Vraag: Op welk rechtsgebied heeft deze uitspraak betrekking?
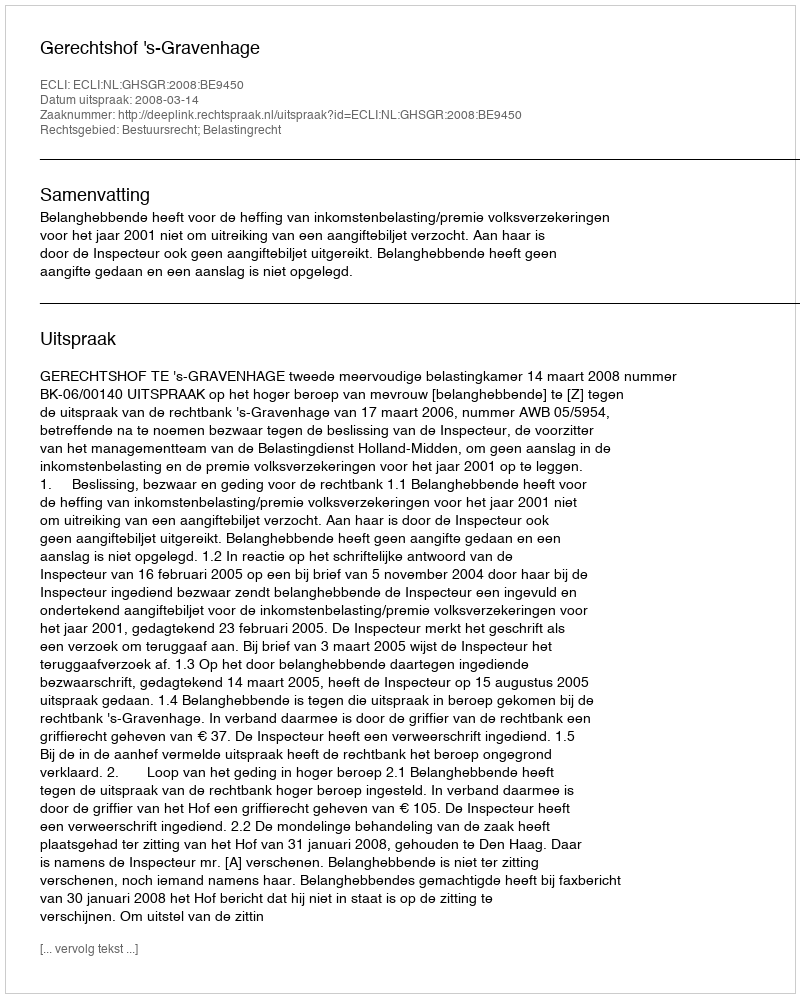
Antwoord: Bestuursrecht; Belastingrecht